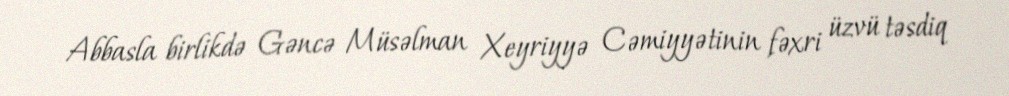
Abbasla birlikdə Gəncə Müsəlman Xeyriyyə Cəmiyyətinin fəxri üzvü təsdiq